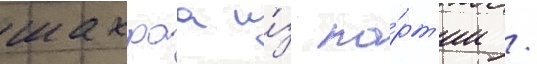
шахраа и́з па́рт'ии /